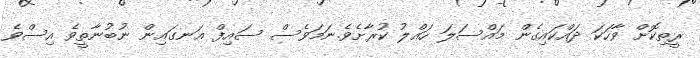
ރީތިކޮށް ވާހަކަ ދައްކައިގެން މައްސަލަ ހައްލު ކުރާށެވެ.ނަމަވެސް ސައިފް އަނގައިން ނުބުނާތީވެ އިސްވެ